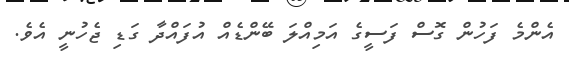
އެންމެ ފަހުން ގޮސް ފަސީގެ އަމިއްލަ ބޭންޑެއް އުފައްދާ ގަޑި ޖެހުނީ އެވެ.